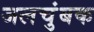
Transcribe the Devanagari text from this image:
जलचुंबक